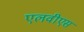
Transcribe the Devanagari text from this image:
एलवीएस